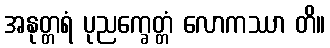
အနုတ္တရံ ပုညက္ခေတ္တံ လောကဿာ တိ။